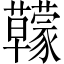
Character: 𧅭